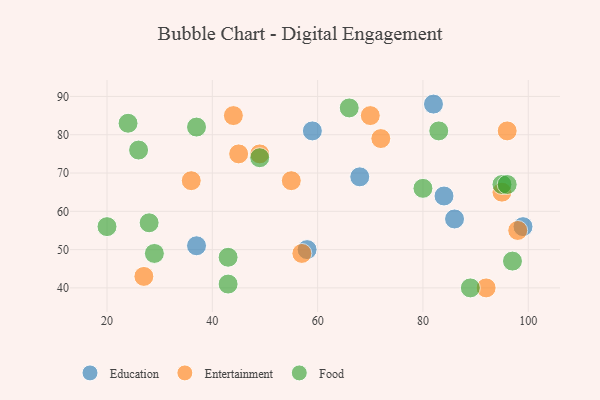
{"axis": {"x": "GDP", "y": "Life Expectancy"}, "legend": ["Education", "Entertainment", "Food"], "data": [{"x": "99", "y": 56, "type": "Education"}, {"x": "84", "y": 64, "type": "Education"}, {"x": "59", "y": 81, "type": "Education"}, {"x": "37", "y": 51, "type": "Education"}, {"x": "82", "y": 88, "type": "Education"}, {"x": "68", "y": 69, "type": "Education"}, {"x": "86", "y": 58, "type": "Education"}, {"x": "58", "y": 50, "type": "Education"}, {"x": "55", "y": 68, "type": "Entertainment"}, {"x": "57", "y": 49, "type": "Entertainment"}, {"x": "72", "y": 79, "type": "Entertainment"}, {"x": "45", "y": 75, "type": "Entertainment"}, {"x": "98", "y": 55, "type": "Entertainment"}, {"x": "70", "y": 85, "type": "Entertainment"}, {"x": "96", "y": 81, "type": "Entertainment"}, {"x": "49", "y": 75, "type": "Entertainment"}, {"x": "92", "y": 40, "type": "Entertainment"}, {"x": "36", "y": 68, "type": "Entertainment"}, {"x": "27", "y": 43, "type": "Entertainment"}, {"x": "44", "y": 85, "type": "Entertainment"}, {"x": "95", "y": 65, "type": "Entertainment"}, {"x": "80", "y": 66, "type": "Food"}, {"x": "24", "y": 83, "type": "Food"}, {"x": "66", "y": 87, "type": "Food"}, {"x": "37", "y": 82, "type": "Food"}, {"x": "95", "y": 67, "type": "Food"}, {"x": "43", "y": 41, "type": "Food"}, {"x": "20", "y": 56, "type": "Food"}, {"x": "89", "y": 40, "type": "Food"}, {"x": "49", "y": 74, "type": "Food"}, {"x": "83", "y": 81, "type": "Food"}, {"x": "26", "y": 76, "type": "Food"}, {"x": "29", "y": 49, "type": "Food"}, {"x": "43", "y": 48, "type": "Food"}, {"x": "96", "y": 67, "type": "Food"}, {"x": "28", "y": 57, "type": "Food"}, {"x": "97", "y": 47, "type": "Food"}]}